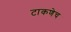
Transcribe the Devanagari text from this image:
टाकणेच